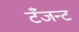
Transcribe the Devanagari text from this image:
टँजन्ट